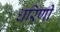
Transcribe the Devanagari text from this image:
धरिणी